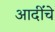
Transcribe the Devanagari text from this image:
आदींंचे